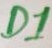
Text: D1